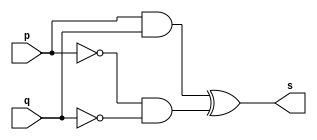
// ------------------------- 
// Exemplo0012 - XNOR 
// Nome: Felipe Cssio Vieira Ferreira
// ------------------------- 
// ------------------------- 
// -- xnor gate 
// ------------------------- 
module xnorgate ( output s,input p, q); 
assign s = (p&q)^(~p&~q)  ; 
endmodule // xnorgate 
// --------------------- 
// -- test xnor gate 
// --------------------- 
module testxnorgate; 
// ------------------------- dados locais 
reg a, b; // definir registradores 
wire s; // definir conexao (fio) 
// ------------------------- instancia 
xnorgate XNOR1 (s, a, b); 
// ------------------------- preparacao 
initial begin:start 
// atribuicao simultanea 
// dos valores iniciais 
a=0; b=0; 
end 
// ------------------------- parte principal 
initial begin 
$display("Exemplo0012 - Felipe Cssio Vieira Ferreira- 451552"); 
$display("Test XNOR gate"); 
$display("\na ~^ b = s\n"); 
#1 a=0; b=0; 
$monitor("%b ~^ %b = %b", a, b, s); 
#1 a=0; b=1; 
#1 a=1; b=0; 
#1 a=1; b=1; 
 
end 
endmodule // testxnorgate